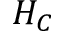
H _ { C }